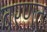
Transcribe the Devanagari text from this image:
बरणत